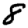
Digit: 8